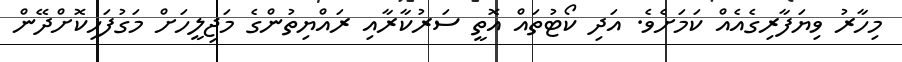
މިހާރު ވިޔަފާރިގެއެއް ކަމަށެވެ. އަދި ކޯޓުތައް އޮތީ ސަރުކާރާއި ރައްޔިތުންގެ މަޖިލީހަށް މަގުފަހިކޮށްދޭން